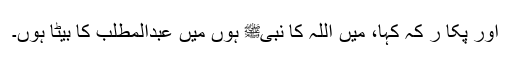
اور پکا ر کہ کہا، میں اللہ کا نبیﷺ ہوں میں عبدالمطلب کا بیٹا ہوں۔